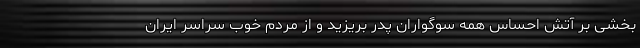
بخشی بر آتش احساس همه سوگواران پدر بریزید و از مردم خوب سراسر ایران